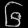
Digit: ၆